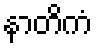
နာတိကံ